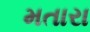
મતારા